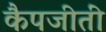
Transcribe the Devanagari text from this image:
कैपजीतीं